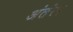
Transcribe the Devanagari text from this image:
अंतंरग